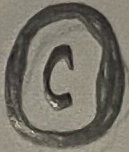
Text: C